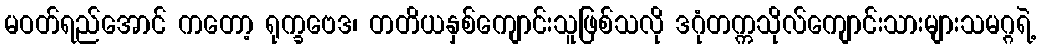
မဝတ်ရည်အောင် ကတော့ ရုက္ခဗေဒ၊ တတိယနှစ်ကျောင်းသူဖြစ်သလို ဒဂုံတက္ကသိုလ်ကျောင်းသားများသမဂ္ဂရဲ့